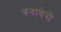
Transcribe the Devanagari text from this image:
बनावेसे